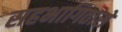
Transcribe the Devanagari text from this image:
सहभागितासे